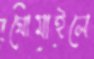
ঘোমাইলে